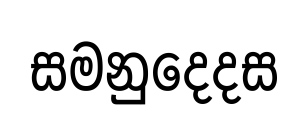
සමනුදෙදස